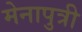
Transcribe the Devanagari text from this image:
मेनापुत्री